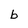
Character: b